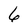
Character: 6